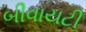
બીવાયટી